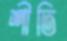
শীতি